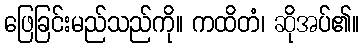
ဖြေခြင်းမည်သည်ကို။ ကထိတံ၊ ဆိုအပ်၏။